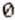
0